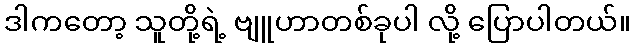
ဒါကတော့ သူတို့ရဲ့ ဗျူဟာတစ်ခုပါ လို့ ပြောပါတယ်။